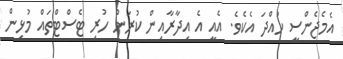
އެމެޖެންސީ ހުއްދަ އެކެވެ. އެއީ އެ އިދާރާއިން ކުރަން ހުރި ޓެސްޓްތައް މުޅިން